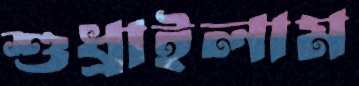
শুধ্‌রাইলাম